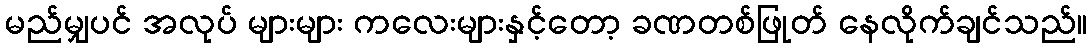
မည်မျှပင် အလုပ် များများ ကလေးများနှင့်တော့ ခဏတစ်ဖြုတ် နေလိုက်ချင်သည်။